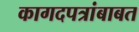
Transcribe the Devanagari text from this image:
कागदपत्रांबाबत